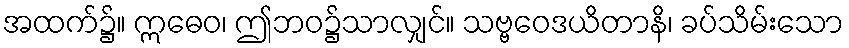
အထက်၌။ ဣဓေဝ၊ ဤဘဝ၌သာလျှင်။ သဗ္ဗဝေဒယိတာနိ၊ ခပ်သိမ်းသော